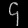
Digit: ၄